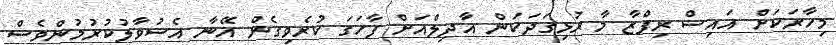
މިހާރަކަށް އައިސް ރިފްޒާ މާ ރުޅިގަދަކަން އާދިލްއަށް ފާހަގަ ކުރެވިގެން އޭނާ އެސުވާލުކުރުމުންވެސް